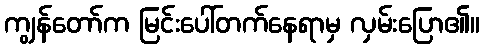
ကျွန်တော်က မြင်းပေါ်တက်နေရာမှ လှမ်းပြော၏။